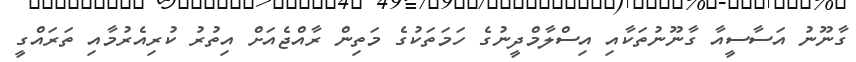
ގާނޫނު އަސާސީއާ ގާނޫނުތަކާއި އިސްލާމްދީނުގެ ހަމަތަކުގެ މަތިން ރާއްޖެއަށް އިތުރު ކުރިއެރުމާއި ތަރައްގީ